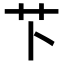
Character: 𫇥